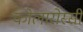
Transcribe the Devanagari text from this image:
कोलारोस्सी